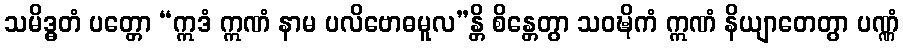
သမိဒ္ဓတံ ပတ္တော “ဣဒံ ဣဏံ နာမ ပလိဗောဓမူလ”န္တိ စိန္တေတွာ သဝဍ္ဎိကံ ဣဏံ နိယျာတေတွာ ပဏ္ဏံ